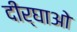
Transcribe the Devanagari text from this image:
दीर्घाओ